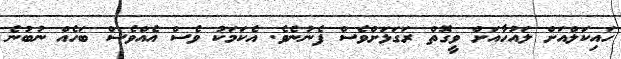
ހައިކަލްއަށް ލައުހާއަށް ވީގޮތް ރަގަޅަށްވެސް ފެނުނެވެ. އެކަމަކު ވެސް އެއްވެސް ބަހެއް ނުބުނެ